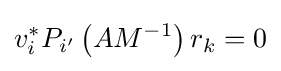
v_{i}^{*}P_{i'}\left(AM^{-1}\right)r_{k}=0